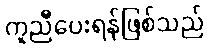
ကူညီပေးရန်ဖြစ်သည်